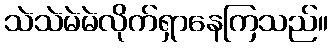
သဲသဲမဲမဲလိုက်ရှာနေကြသည်။